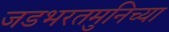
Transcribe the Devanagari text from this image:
जडभरतमुनिच्या